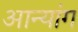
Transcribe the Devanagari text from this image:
आन्यांग